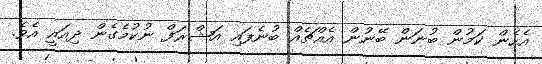
އެހެން ކަމުން ބުނަން ބޭނުން އެއްޗެއް ބުނެފައި އަޝްރަފް ނުކުމެގެން ދިއައީ އެވެ.